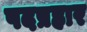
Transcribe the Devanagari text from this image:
पदप्रहार